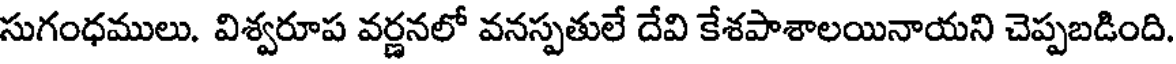
సుగంధములు. విశ్వరూప వర్ణనలో వనస్పతులే దేవి కేశపాశాలయినాయని చెప్పబడింది.